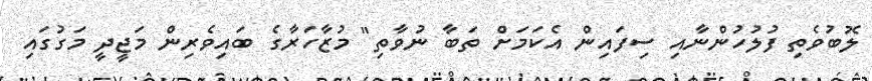
ލޮބުވެތި ފުލުހުންނާއި ސިފައިން އެކަމަށް ތަބާ ނުވާތި" މުޒާހަރާގެ ބައިވެރިން މަޖީދީ މަގުގައި